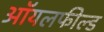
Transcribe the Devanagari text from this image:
ऑयलफील्ड